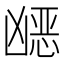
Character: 𭂿